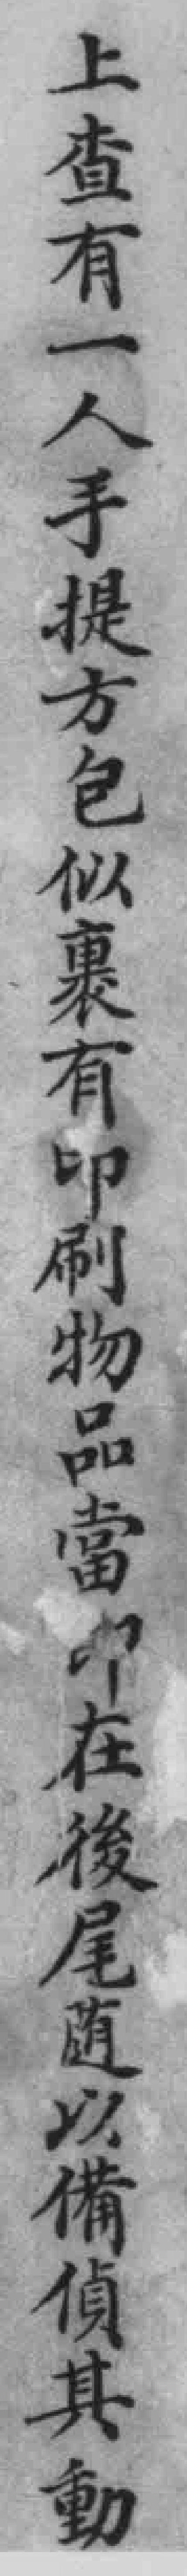
上查有一人手提方包似裹有印刷物品當*在後尾随以備偵其動